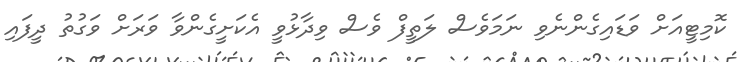
ކޮމިޓީއަށް ވަޑައިގެންނެވި ނަމަވެސް ލަތީފް ވެސް ވިދާޅުވީ އެކަށީގެންވާ ވަރަށް ވަގުތު ދީފައި